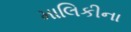
માલિકીના